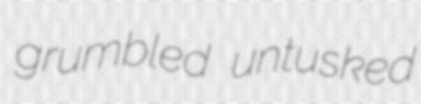
grumbled untusked